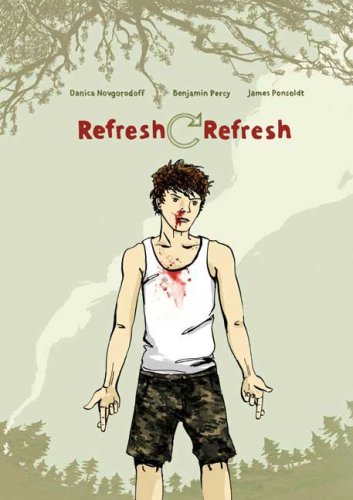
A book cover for Refresh, Refresh; Danica Novgorodoff; Comics & Graphic Novels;